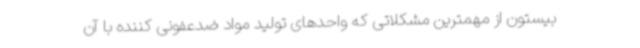
بیستون از مهمترین مشکلاتی که واحدهای تولید مواد ضدعفونی کننده با آن